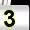
Digit: 3